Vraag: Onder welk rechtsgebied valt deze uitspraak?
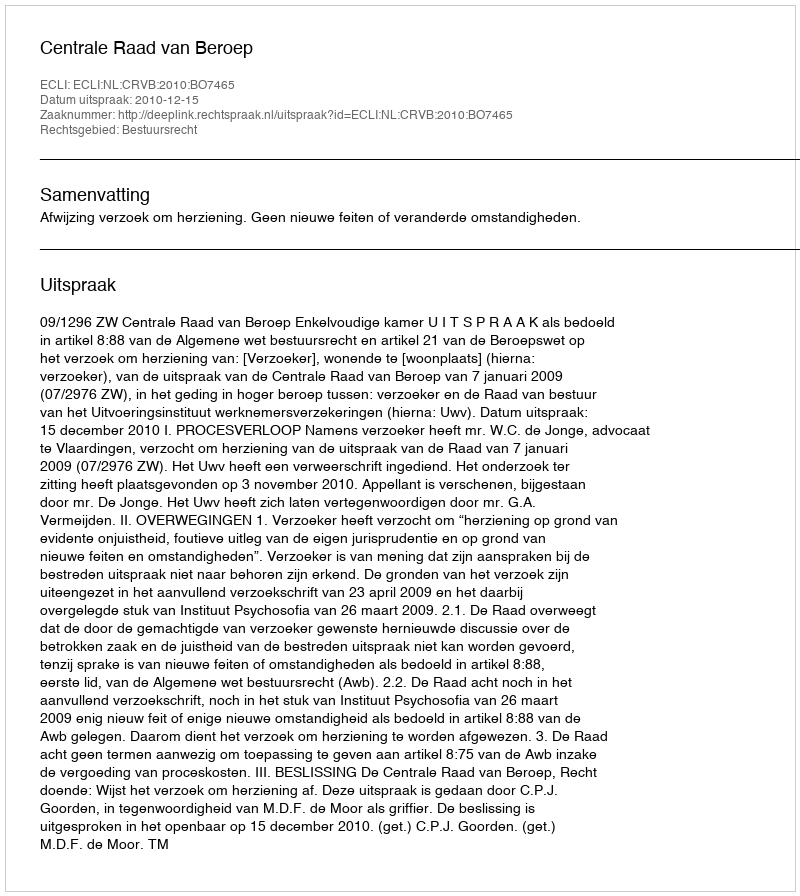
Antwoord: Bestuursrecht